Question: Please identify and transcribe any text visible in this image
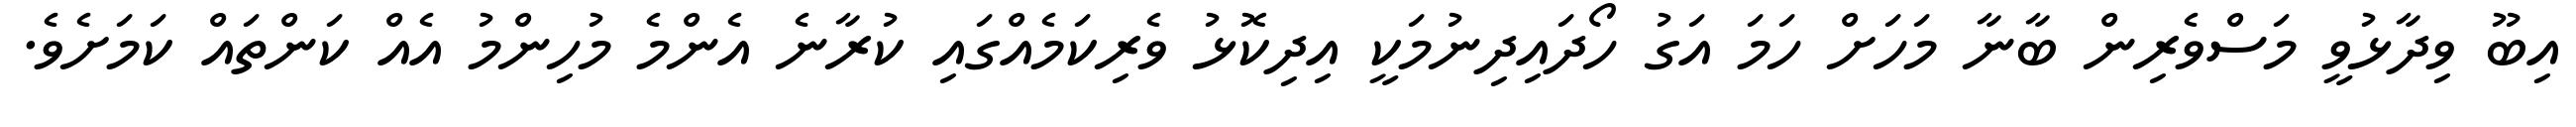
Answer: އިބޫ ވިދާޅުވީ މަސްވެރިން ބާނާ މަހަށް ހަމަ އަގު ހޯދައިދިނުމަކީ އިދިކޮޅު ވެރިކަމެއްގައި ކުރާނެ އެންމެ މުހިންމު އެއް ކަންތައް ކަމަށެވެ.